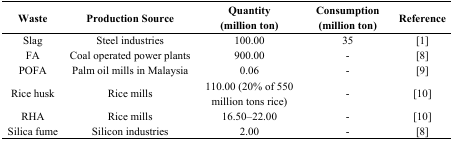
<table><thead><tr><td><b>Waste</b></td><td><b>Production Source</b></td><td><b>Quantity (million ton)</b></td><td><b>Consumption (million ton)</b></td><td><b>Reference</b></td></tr></thead><tbody><tr><td>Slag</td><td>Steel industries</td><td>100.00</td><td>35</td><td>[1]</td></tr><tr><td>FA</td><td>Coal operated power plants</td><td>900.00</td><td>-</td><td>[8]</td></tr><tr><td>POFA</td><td>Palm oil mills in Malaysia</td><td>0.06</td><td>-</td><td>[9]</td></tr><tr><td>Rice husk</td><td>Rice mills</td><td>110.00 (20% of 550 million tons rice)</td><td>-</td><td>[10]</td></tr><tr><td>RHA</td><td>Rice mills</td><td>16.50–22.00</td><td>-</td><td>[10]</td></tr><tr><td>Silica fume</td><td>Silicon industries</td><td>2.00</td><td>-</td><td>[8]</td></tr></tbody></table>